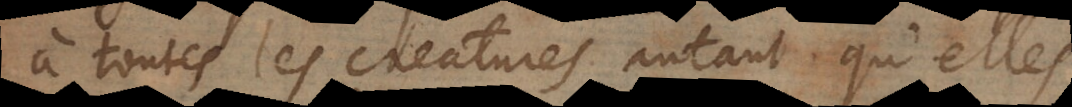
à toutes les creatures autant qu’elles